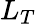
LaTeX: L_{T}